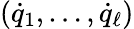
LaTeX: ({\dot{q}}_{1},\dots,{\dot{q}}_{\ell})